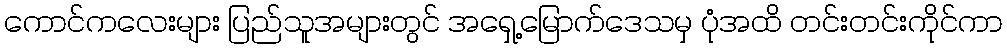
ကောင်ကလေးများ ပြည်သူအများတွင် အရှေ့မြောက်ဒေသမှ ပုံအထိ တင်းတင်းကိုင်ကာ